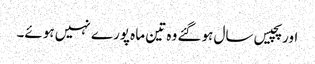
اور پچیس سال ہوگئے وہ تین ماہ پورے نہیں ہوئے۔